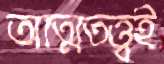
আত্মতত্ত্বই